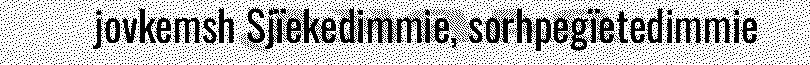
jovkemsh Sjïekedimmie, sorhpegïetedimmie